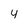
Character: 4